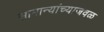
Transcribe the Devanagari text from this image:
सामान्यांच्याजवळ